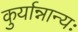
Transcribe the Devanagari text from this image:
कुर्यान्नान्यः